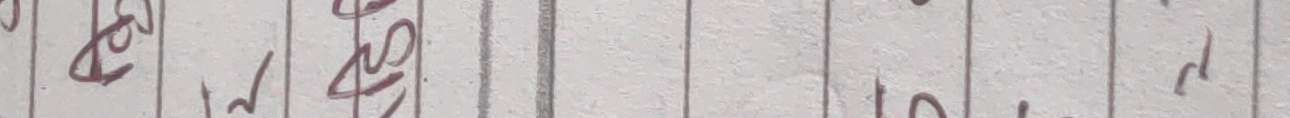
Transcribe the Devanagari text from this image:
हेर्ने